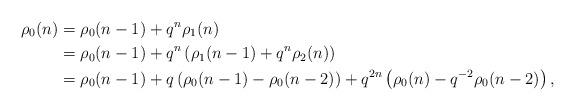
LaTeX: \begin{align*}\rho_0(n) &= \rho_0(n-1) + q^n \rho_1(n) \\& = \rho_0(n-1) + q^n\left(\rho_1(n-1) + q^n\rho_2(n)\right) \\& = \rho_0(n-1) + q\left(\rho_0(n-1) - \rho_0(n-2)\right) +q^{2n}\left(\rho_0(n) - q^{-2}\rho_0(n-2)\right), \end{align*}